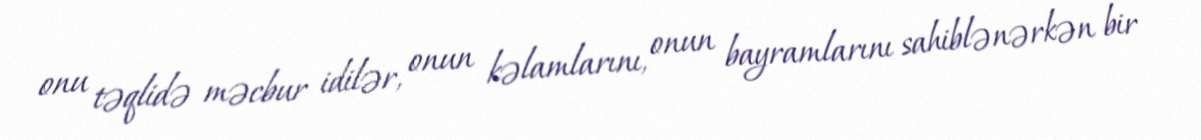
onu təqlidə məcbur idilər, onun kəlamlarını, onun bayramlarını sahiblənərkən bir